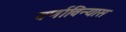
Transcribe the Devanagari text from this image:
वर्णाविन्यास